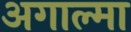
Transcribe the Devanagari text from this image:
अगाल्मा